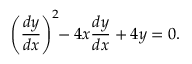
\left( { \frac { d y } { d x } } \right) ^ { 2 } \! \! - 4 x { \frac { d y } { d x } } + 4 y = 0 .